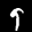
Label: 9